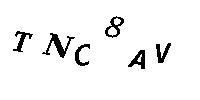
TNC8AV